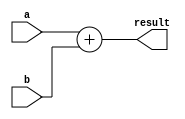
`timescale 1ns/1ns
module Adder #(parameter len = 32)(a, b, result);
input [len -1 : 0] a;
input [len -1 : 0] b;
output  [len -1 : 0] result;
assign result = a + b;
endmodule